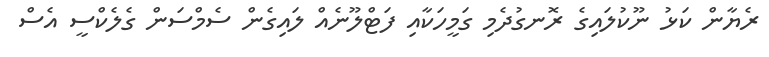
ރެޔާން ކަޅު ނޫކުލައިގެ ރޮނގުދެމި ގަމީހަކާއި ފަޓްލޫނެއް ލައިގެން ސެމްސަން ގެލެކްސީ އެސް